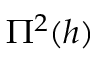
\Pi ^ { 2 } ( h )